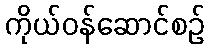
ကိုယ်ဝန်ဆောင်စဉ်